Rangoon Lunatic Asylum 1898-1906 - 1898-1906
Year: 1898
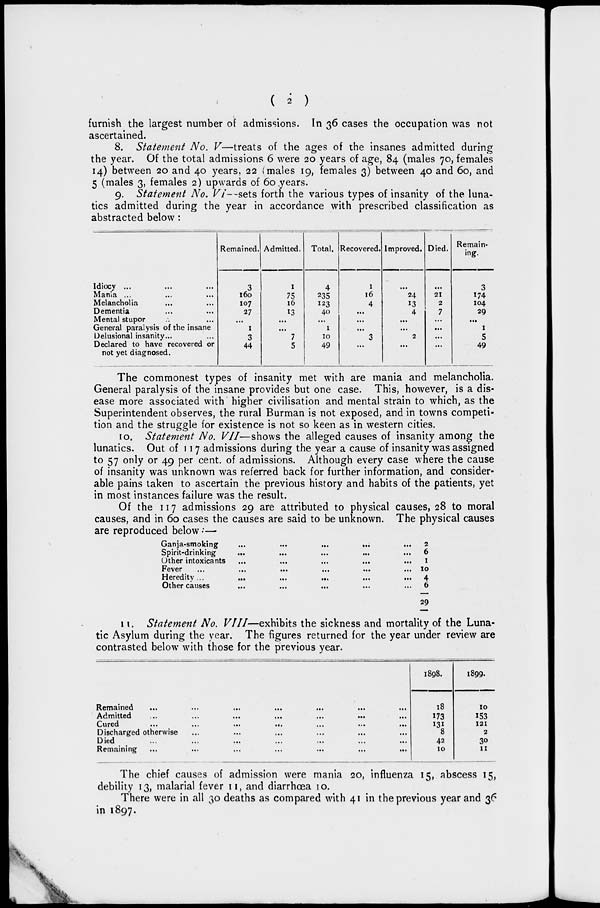
(
2
)
furnish the largest number of admissions. In 36 cases the occupation was not
ascertained.
8. Statement No. V—treats of the ages of the insanes admitted during
the year. Of the total admissions 6 were 20 years of age, 84 (males 70, females
14) between 20 and 40 years, 22 (males 19, females 3) between 40 and 60, and
5 (males 3, females 2) upwards of 60 years.
9. Statement No. VI—sets forth the various types of insanity of the luna-
tics admitted during the year in accordance with prescribed classification as
abstracted below:
Idiocy ... ... ...
Mania ... ... ...
Melancholia ... ...
Dementia ... ...
Mental stupor ... ...
General paralysis of the insane
Delusional insanity... ...
Declared to have recovered or
not yet diagnosed.
Remained.
3
160
107
27
...
1
3
44
Admitted.
1
75
16
13
...
...
7
5
Total.
4
235
123
40
...
1
10
49
Recovered.
1
16
4
...
...
...
3
...
Improved.
...
24
13
4
...
...
2
...
Died.
...
21
2
7
...
...
...
...
Remain-
ing.
3
174
104
29
...
1
5
49
The commonest types of insanity met with are mania and melancholia.
General paralysis of the insane provides but one case. This, however, is a dis-
ease more associated with higher civilisation and mental strain to which, as the
Superintendent observes, the rural Burman is not exposed, and in towns competi-
tion and the struggle for existence is not so keen as in western cities.
10. Statement No. VII—shows the alleged causes of insanity among the
lunatics. Out of 117 admissions during the year a cause of insanity was assigned
to 57 only or 49 per cent. of admissions. Although every case where the cause
of insanity was unknown was referred back for further information, and consider-
able pains taken to ascertain the previous history and habits of the patients, yet
in most instances failure was the result.
Of the 117 admissions 29 are attributed to physical causes, 28 to moral
causes, and in 60 cases the causes are said to be unknown. The physical causes
are reproduced below : —
Ganja-smoking
...
...
...
...
...
...
Spirit-drinking ... ... ... ... ... ...
Other intoxicants ... ... ... ... ...
Fever
...
...
...
...
...
...
Heredity
...
...
...
...
...
...
Other causes
...
...
...
...
...
...
2
6
1
10
4
6
29
11. Statement No. VIII—exhibits the sickness and mortality of the Luna-
tic Asylum during the year. The figures returned for the year under review are
contrasted below with those for the previous year.
Remained
...
...
...
...
...
...
...
Admitted ... ... ... ... ... ... ...
Cured
...
...
...
...
...
...
...
Discharged otherwise ... ... ... ... ... ...
Died ... ... ... ... ... ... ...
Remaining ... ... ... ... ... ... ...
1898.
18
173
131
8
42
10
1899.
10
153
121
2
30
11
The chief causes of admission were mania 20, influenza 15, abscess 15,
debility 13, malarial fever 11, and diarrhœa 10.
There were in all 30 deaths as compared with 41 in the previous year and 36
in 1897.